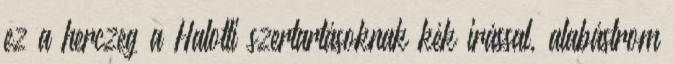
ez a herczeg a Halotti szertartásoknak kék irással, alabástrom